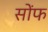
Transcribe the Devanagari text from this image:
सोंफ